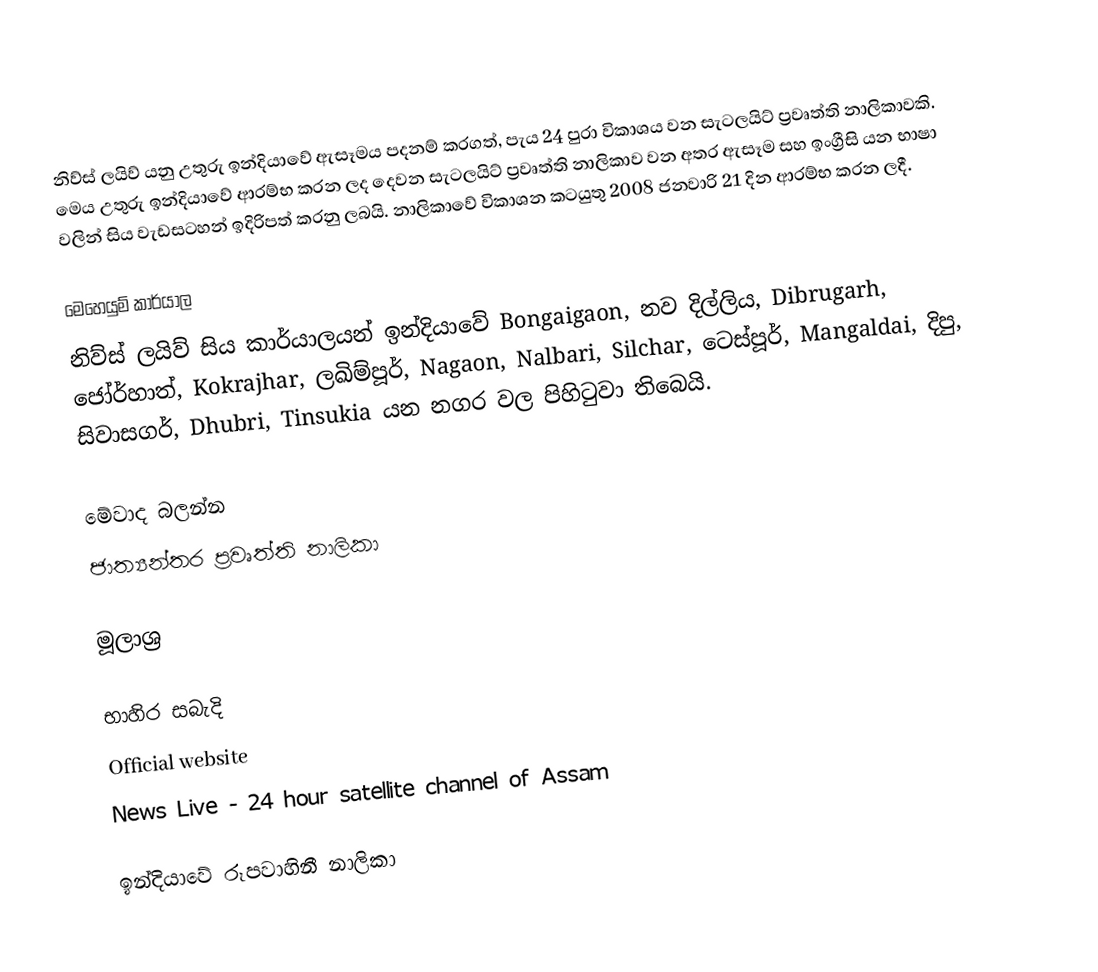
නිව්ස් ලයිව් යනු උතුරු ඉන්දියාවේ ඇසෑමය පදනම් කරගත්, පැය 24 පුරා විකාශය වන සැටලයිට් ප්‍රවෘත්ති නාලිකාවකි. මෙය උතුරු ඉන්දියාවේ ආරම්භ කරන ලද දෙවන සැටලයිට් ප්‍රවෘත්ති නාලිකාව වන අතර ඇසෑම සහ ඉංග්‍රීසි යන භාෂා වලින් සිය වැඩසටහන් ඉදිරිපත් කරනු ලබයි. නාලිකාවේ විකාශන කටයුතු 2008 ජනවාරි 21 දින ආරම්භ කරන ලදී.

මෙහෙයුම් කාර්යාල
නිව්ස් ලයිව් සිය කාර්යාලයන් ඉන්දියාවේ Bongaigaon, නව දිල්ලිය, Dibrugarh, ජෝර්හාත්, Kokrajhar, ලඛිම්පූර්, Nagaon, Nalbari, Silchar, ටෙස්පූර්, Mangaldai, දිපු, සිවාසගර්, Dhubri, Tinsukia යන නගර වල පිහිටුවා තිබෙයි.

මේවාද බලන්න
 ජාත්‍යන්තර ප්‍රවෘත්ති නාලිකා

මූලාශ්‍ර

භාහිර සබැදි
Official website
News Live - 24 hour satellite channel of Assam

ඉන්දියාවේ රූපවාහිනී නාලිකා